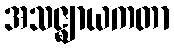
အသဇ္ဈာယကတာ